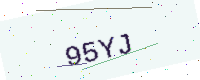
Text: 95YJ